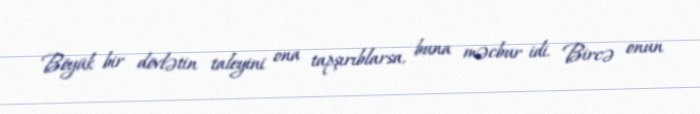
Böyük bir dövlətin taleyini ona tapşırıblarsa, buna məcbur idi. Bircə onun